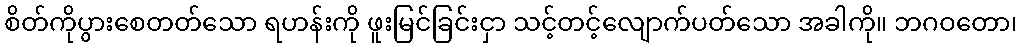
စိတ်ကိုပွားစေတတ်သော ရဟန်းကို ဖူးမြင်ခြင်းငှာ သင့်တင့်လျောက်ပတ်သော အခါကို။ ဘဂဝတော၊